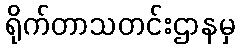
ရိုက်တာသတင်းဌာနမှ